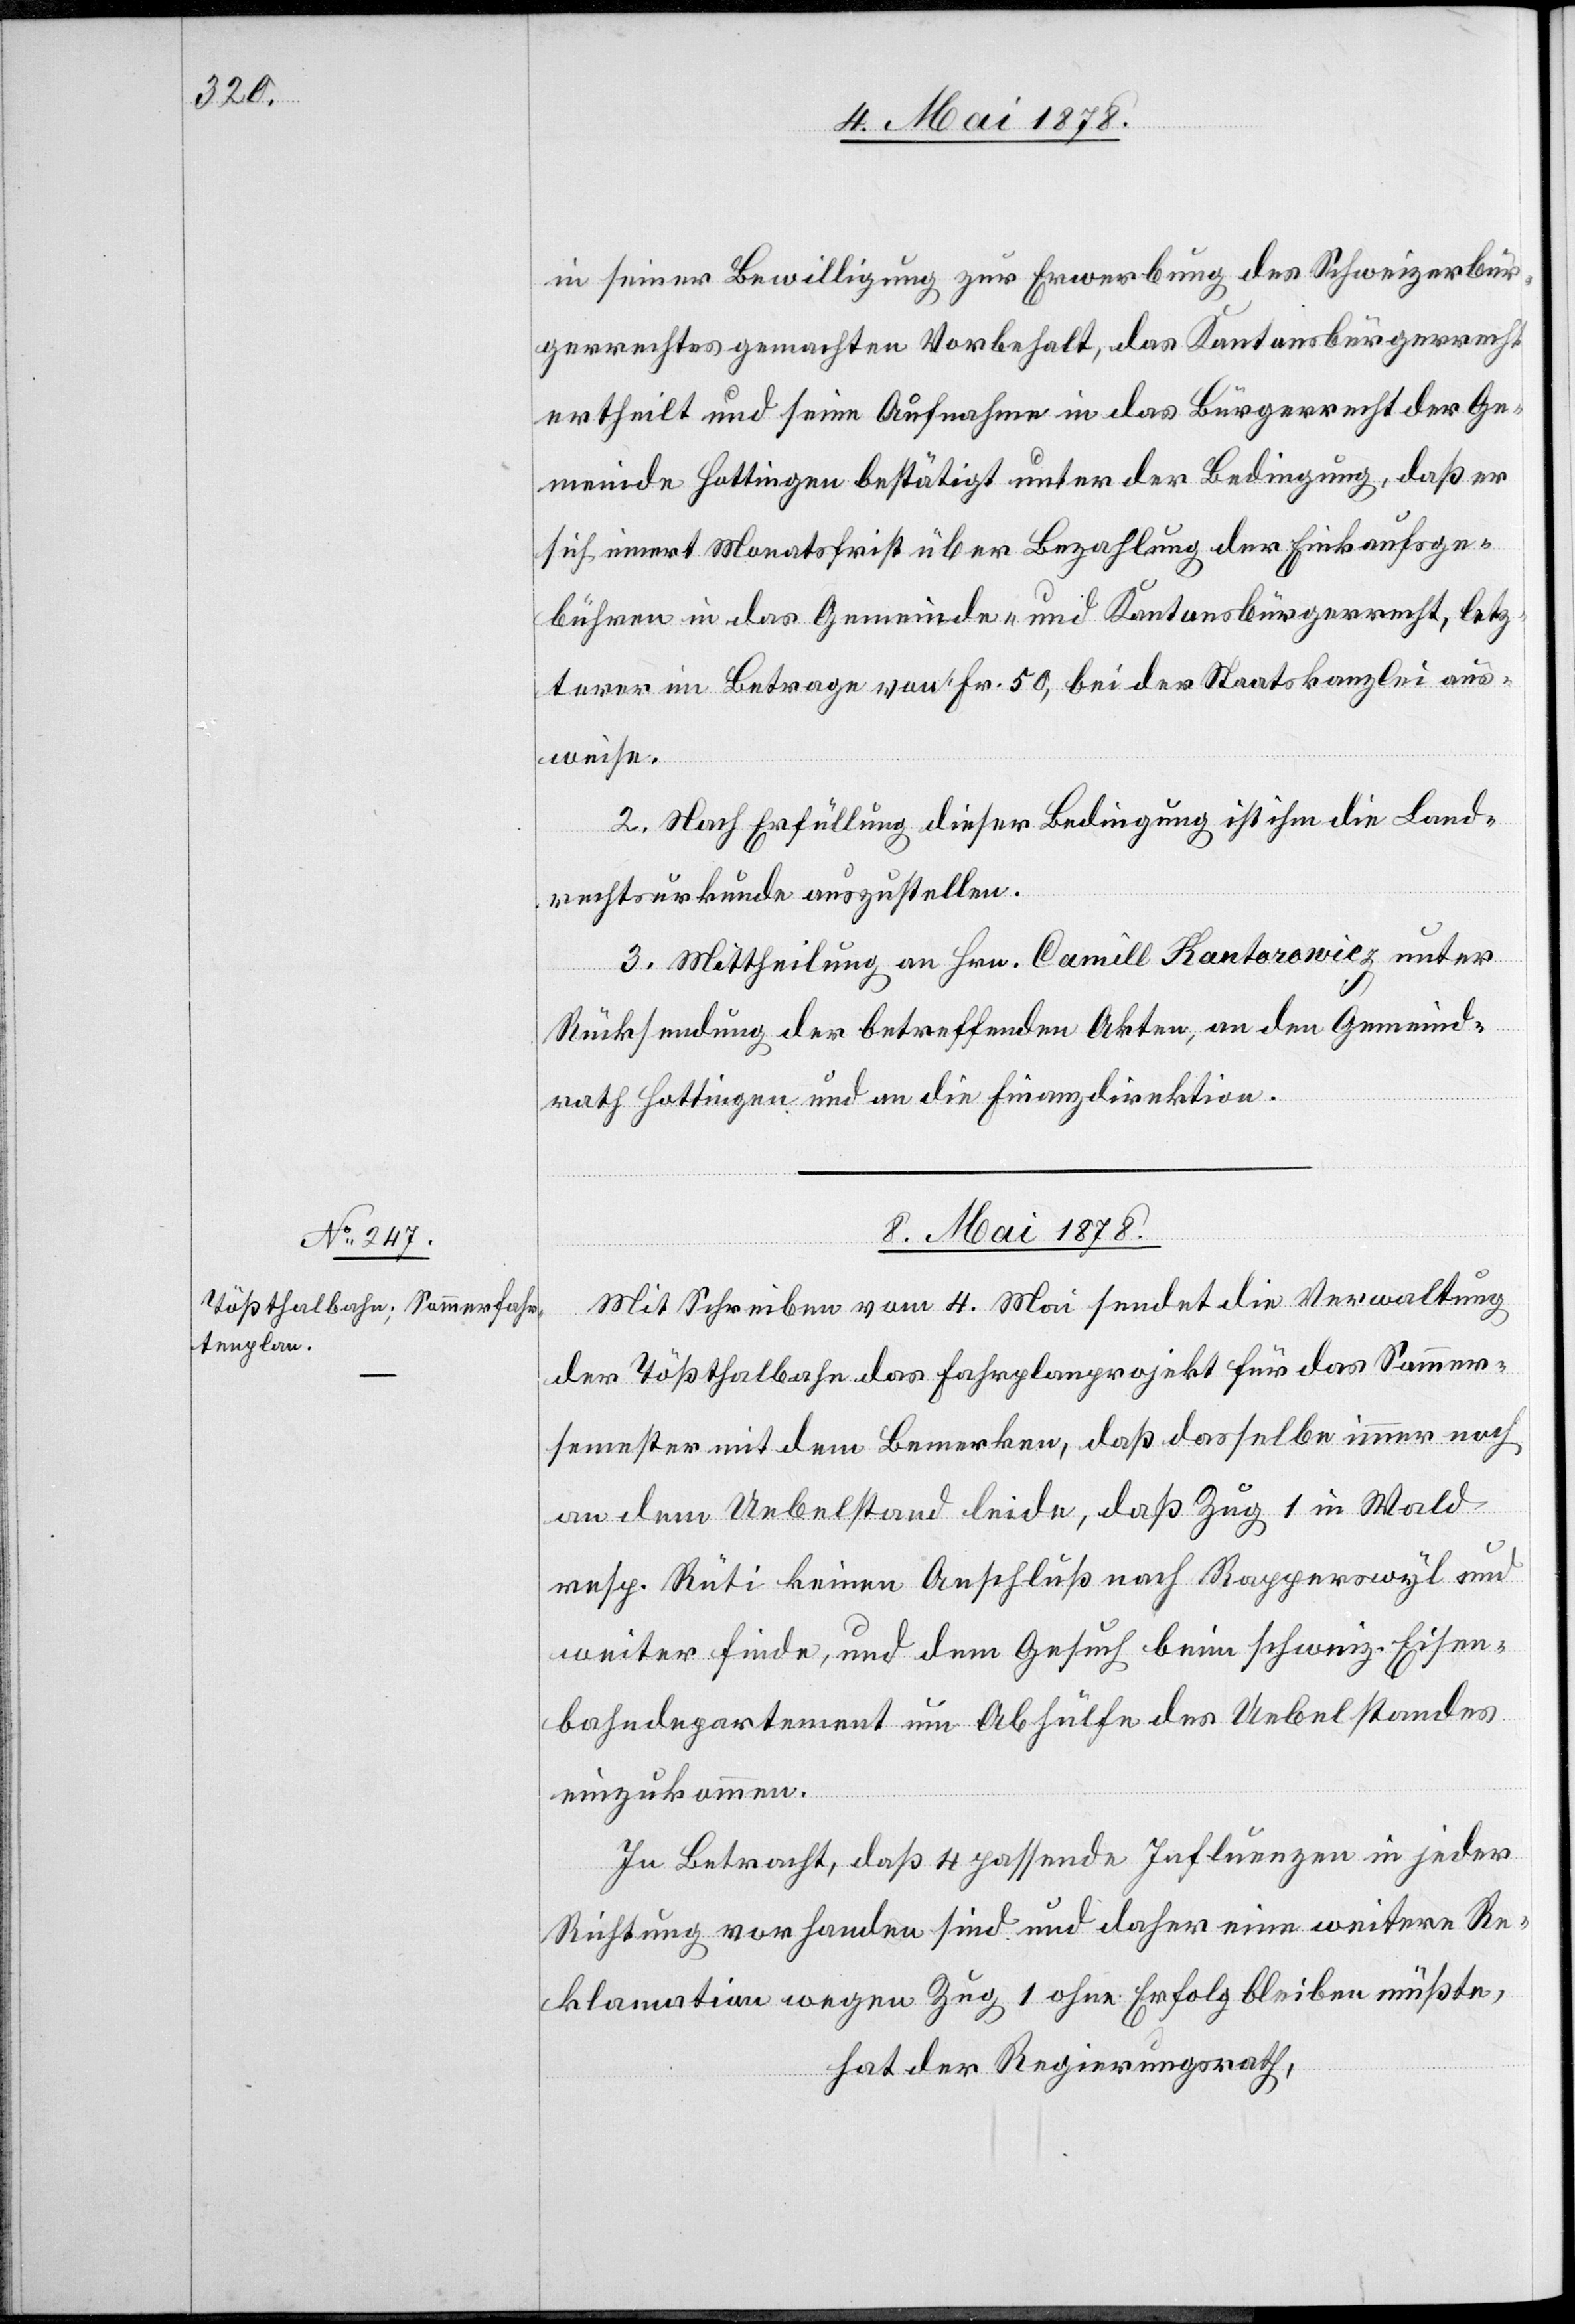
in seiner Bewilligung zur Erwerbung des Schweizerbür¬
gerrechts gemachten Vorbehalt, das Kantonsbürgerrecht
ertheilt und seine Aufnahme in das Bürgerrecht der Ge¬
meinde Hottingen bestätigt unter der Bedingung, daß er
sich innert Monatsfrist über Bezahlung der Einkaufsge¬
bühren in das Gemeinde- und Kantonsbürgerrecht, letz¬
terer im Betrage von Fr. 50, bei der Staatskanzlei aus¬
weise.
2. Nach Erfüllung dieser Bedingung ist ihm die Land¬
rechtsurkunde auszustellen.
3. Mittheilung an Hrn. Camill Kantorowicz unter
Rücksendung der betreffenden Akten, an den Gemeind¬
rath Hottingen und an die Finanzdirektion.
8. Mai 1878.
Mit Schreiben vom 4. Mai sendet die Verwaltung
der Tößthalbahn das Fahrplanprojekt für das Sommer¬
semester mit dem Bemerken, daß dasselbe immer noch
an dem Uebelstand leide, daß Zug 1 in Wald
resp. Rüti keinen Anschluß nach Rapperswyl und
weiter finde, und dem Gesuch beim schweiz. Eisen¬
bahndepartement um Abhülfe des Uebelstandes
einzukommen.
In Betracht, daß 4 passende Influenzen in jeder
Richtung vorhanden sind und daher eine weitere Re¬
klamation wegen Zug 1 ohne Erfolg bleiben müßte,
hat der Regierungsrath,